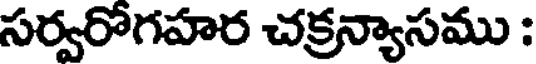
సర్వరోగహర చక్రన్యాసము :